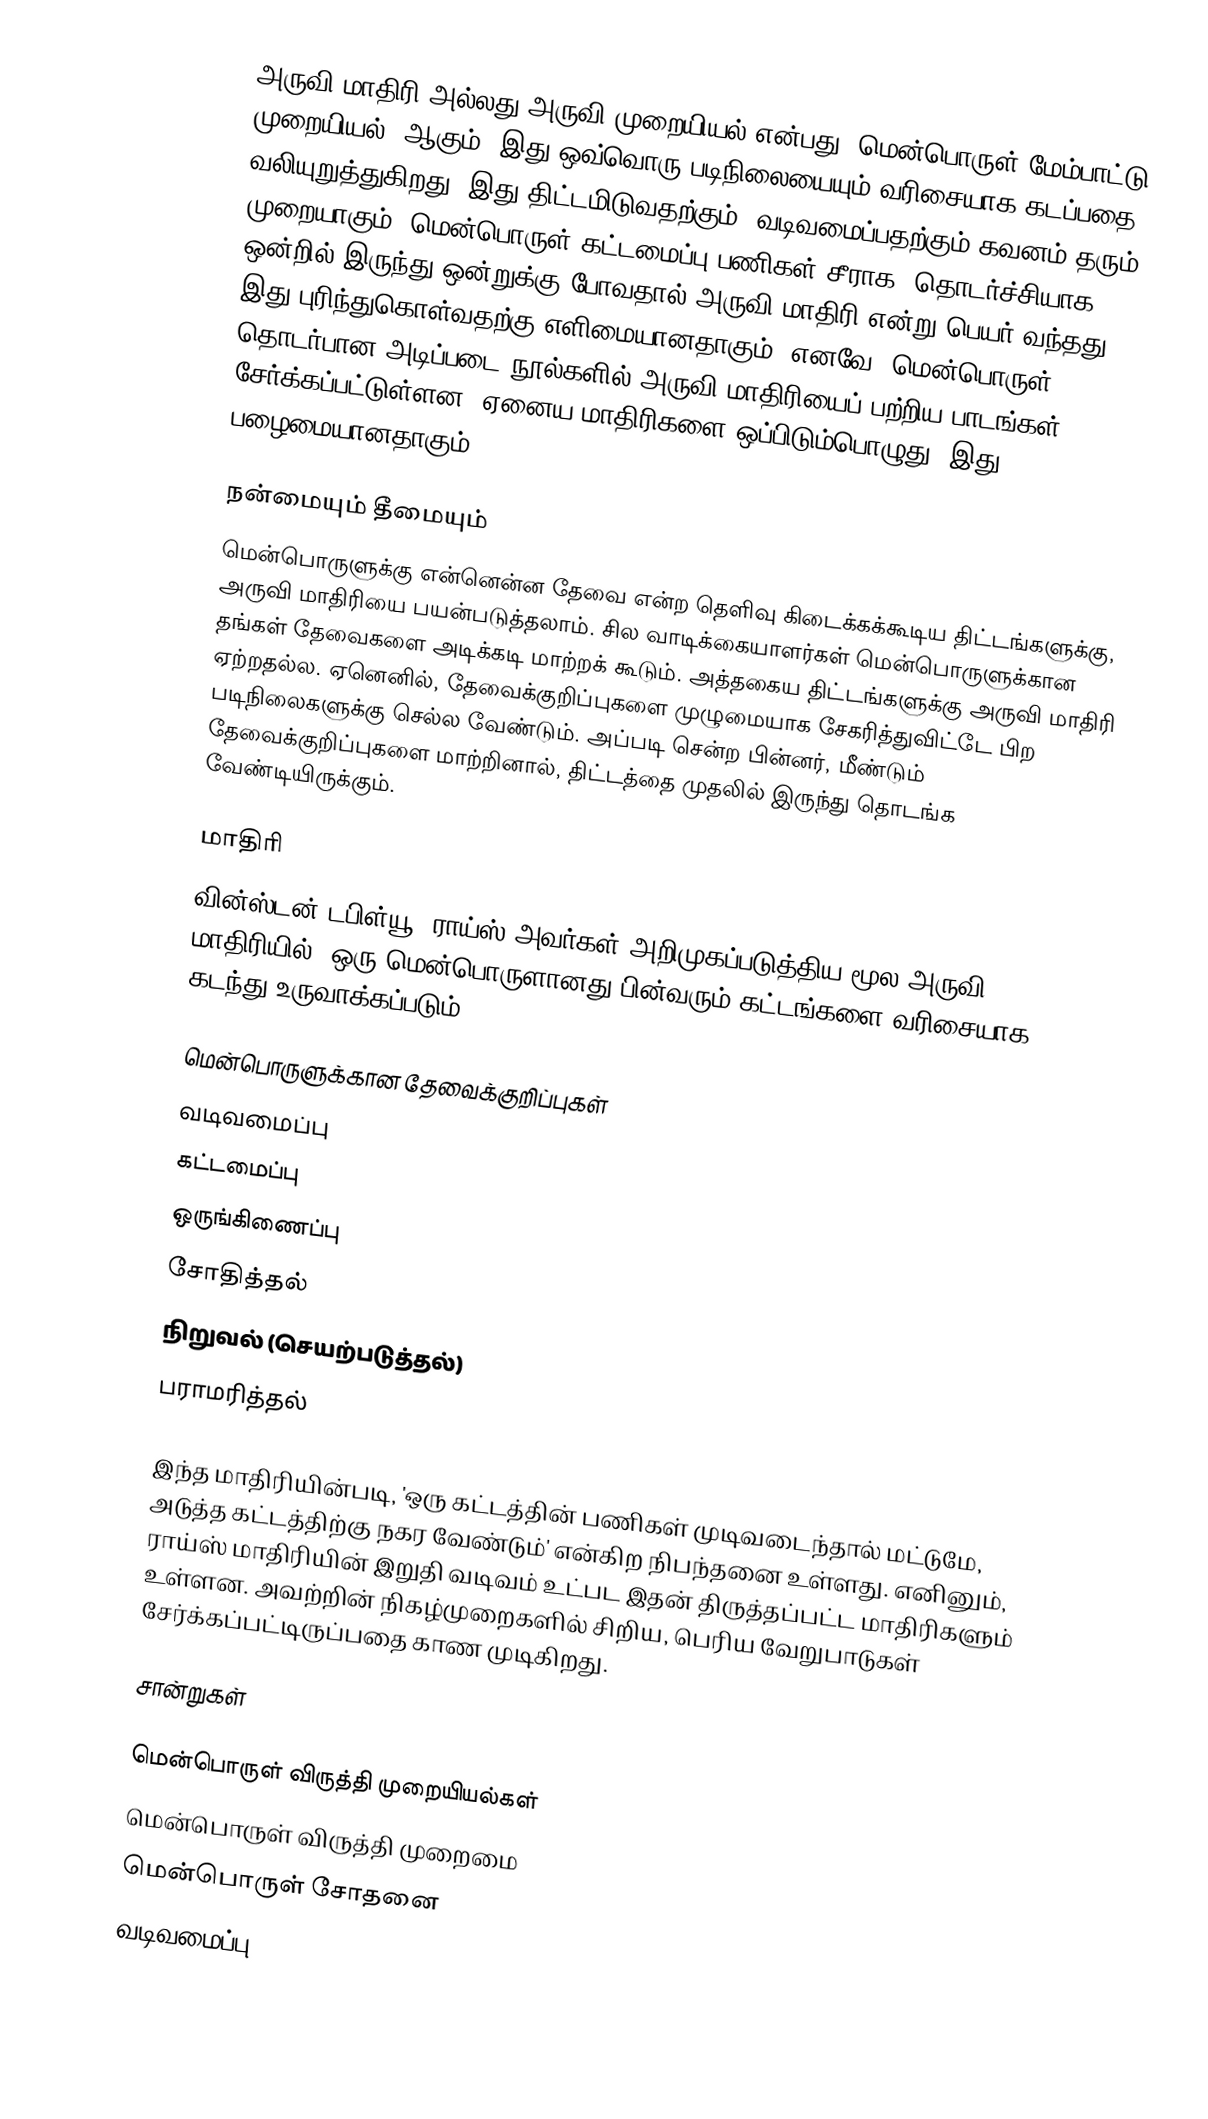
அருவி மாதிரி அல்லது அருவி முறையியல் என்பது 'மென்பொருள் மேம்பாட்டு முறையியல்' ஆகும். இது ஒவ்வொரு படிநிலையையும் வரிசையாக கடப்பதை வலியுறுத்துகிறது. இது திட்டமிடுவதற்கும், வடிவமைப்பதற்கும் கவனம் தரும் முறையாகும். மென்பொருள் கட்டமைப்பு பணிகள் சீராக, தொடர்ச்சியாக ஒன்றில் இருந்து ஒன்றுக்கு போவதால் அருவி மாதிரி என்று பெயர் வந்தது. இது புரிந்துகொள்வதற்கு எளிமையானதாகும். எனவே, மென்பொருள் தொடர்பான அடிப்படை நூல்களில் அருவி மாதிரியைப் பற்றிய பாடங்கள் சேர்க்கப்பட்டுள்ளன. ஏனைய மாதிரிகளை ஒப்பிடும்பொழுது, இது பழைமையானதாகும்.

நன்மையும் தீமையும்
மென்பொருளுக்கு என்னென்ன தேவை என்ற தெளிவு கிடைக்கக்கூடிய திட்டங்களுக்கு, அருவி மாதிரியை பயன்படுத்தலாம். சில வாடிக்கையாளர்கள் மென்பொருளுக்கான தங்கள் தேவைகளை அடிக்கடி மாற்றக் கூடும். அத்தகைய திட்டங்களுக்கு அருவி மாதிரி ஏற்றதல்ல. ஏனெனில், தேவைக்குறிப்புகளை முழுமையாக சேகரித்துவிட்டே பிற படிநிலைகளுக்கு செல்ல வேண்டும். அப்படி சென்ற பின்னர், மீண்டும் தேவைக்குறிப்புகளை மாற்றினால், திட்டத்தை முதலில் இருந்து தொடங்க வேண்டியிருக்கும்.

மாதிரி
வின்ஸ்டன் டபிள்யூ. ராய்ஸ் அவர்கள் அறிமுகப்படுத்திய மூல அருவி மாதிரியில், ஒரு மென்பொருளானது பின்வரும் கட்டங்களை வரிசையாக கடந்து உருவாக்கப்படும்.

 மென்பொருளுக்கான தேவைக்குறிப்புகள்
 வடிவமைப்பு
 கட்டமைப்பு
 ஒருங்கிணைப்பு
 சோதித்தல்
 நிறுவல் (செயற்படுத்தல்)
 பராமரித்தல்

இந்த மாதிரியின்படி, 'ஒரு கட்டத்தின் பணிகள் முடிவடைந்தால் மட்டுமே, அடுத்த கட்டத்திற்கு நகர வேண்டும்' என்கிற நிபந்தனை உள்ளது. எனினும், ராய்ஸ் மாதிரியின் இறுதி வடிவம் உட்பட இதன் திருத்தப்பட்ட மாதிரிகளும் உள்ளன. அவற்றின் நிகழ்முறைகளில் சிறிய, பெரிய வேறுபாடுகள் சேர்க்கப்பட்டிருப்பதை காண முடிகிறது.

சான்றுகள்

மென்பொருள் விருத்தி முறையியல்கள்
மென்பொருள் விருத்தி முறைமை
மென்பொருள் சோதனை
வடிவமைப்பு